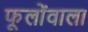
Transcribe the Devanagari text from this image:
फूलोंवाला